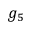
g _ { 5 }